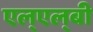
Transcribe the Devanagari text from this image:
एल्‌एल्‌बी